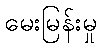
မေးမြန်းမှု